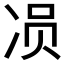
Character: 𱐄